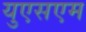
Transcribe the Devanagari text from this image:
युएसएम